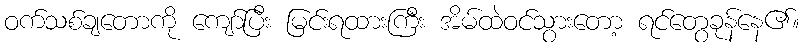
ဝက်သစ်ချတောကို ကျော်ပြီး မြင်းရထားကြီး အိမ်ထဲဝင်သွားတော့ ရင်တွေခုန်နေ၏။